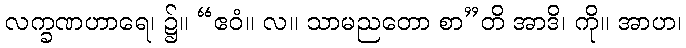
လက္ခဏဟာရေ၊ ၌။ “ဧဝံ။ လ။ သာမညတော စာ”တိ အာဒိ၊ ကို။ အာဟ၊